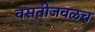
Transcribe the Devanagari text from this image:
वसतीजवळच